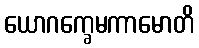
ယောဂက္ခေမကာမောတိ